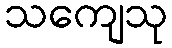
သကျေသု